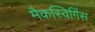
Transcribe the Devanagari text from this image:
मैकस्विगिंस